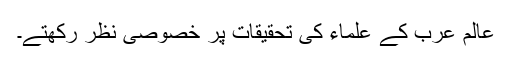
عالم عرب کے علماء کی تحقیقات پر خصوصی نظر رکھتے۔